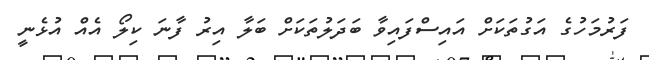
ފަރުމަހުގެ އަގުތަކަށް އައިސްފައިވާ ބަދަލުތަކަށް ބަލާ އިރު ފާނަ ކިލޯ އެއް އުޅެނީ